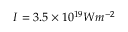
I = 3 . 5 \times 1 0 ^ { 1 9 } W m ^ { - 2 }